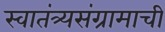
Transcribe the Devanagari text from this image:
स्वातंत्र्यसंग्रामाची